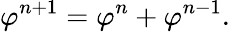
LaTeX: \varphi^{n+1}=\varphi^{n}+\varphi^{n-1}.